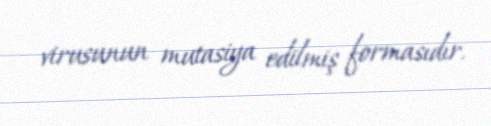
virusunun mutasiya edilmiş formasıdır.